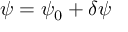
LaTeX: \psi = \psi _ { 0 } + \delta \psi